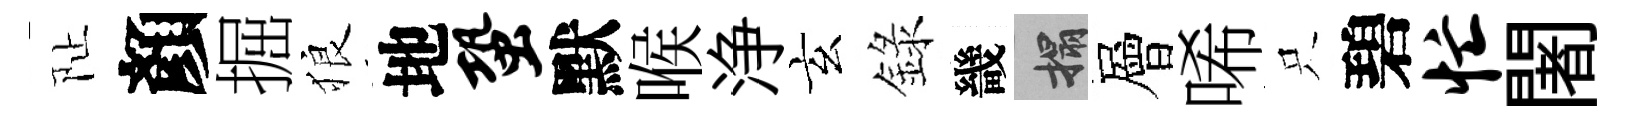
阯顏掘狼地蛩默喉浄玄錄畿搨層唏只碧忙闍